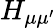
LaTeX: H_{\mu\mu^{\prime}}